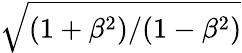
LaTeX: \sqrt{(1+\beta^{2})/(1-\beta^{2})}